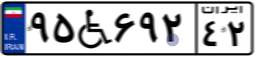
۹۵W۶۹۲۴۲